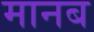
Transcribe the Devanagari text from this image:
मानब